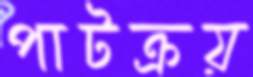
পাটক্রয়